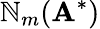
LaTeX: \mathbb{N}_{m}(\mathbf{A}^{*})